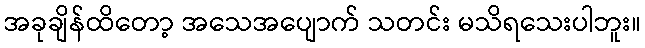
အခုချိန်ထိတော့ အသေအပျောက် သတင်း မသိရသေးပါဘူး။